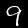
Digit: 9